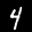
Label: 4